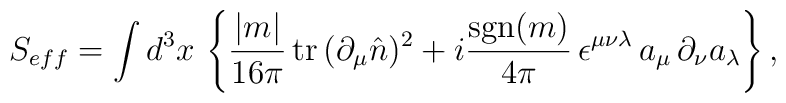
S_{eff} = \int d^{3}x\, \left\{ \frac{|m|}{16\pi}\,    \mbox{tr}\,(\partial_{\mu}\hat{n})^{2}+i\frac{\mbox{sgn}(m)}{4\pi}    \,  \epsilon^{\mu\nu\lambda}\,     a_{\mu}\,\partial_{\nu}a_{\lambda}\right\},